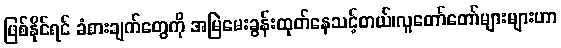
ဖြစ်နိုင်ရင် ခံစားချက်တွေကို အမြဲမေးခွန်းထုတ်နေသင့်တယ်၊လူတော်တော်များများဟာ